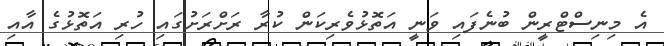
އެ މިނިސްޓްރީން ބުނެފައި ވަނީ އަތޮޅުވެރިކަން ކުރާ ރަށްރަށުގައި ހުރި އަތޮޅުގެ އާއި